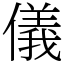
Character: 儀